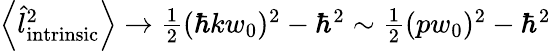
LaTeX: \begin{array}{r}{\left\langle\hat{l}_{\mathrm{intrinsic}}^{2}\right\rangle\rightarrow\frac{1}{2}(\hbar kw_{0})^{2}-\hbar^{2}\sim\frac{1}{2}(pw_{0})^{2}-\hbar^{2}}\end{array}